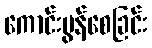
ကောင်းမွန်စေခြင်း